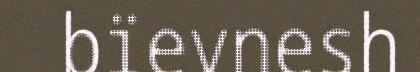
bïevnesh